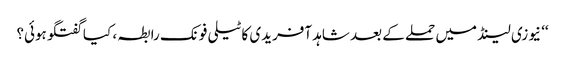
‘‘ نیوزی لینڈ میں حملے کے بعد شاہد آفریدی کا ٹیلی فونک رابطہ ، کیا گفتگو ہوئی؟